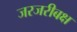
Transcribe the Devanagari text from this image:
जरजरीबक्ष